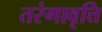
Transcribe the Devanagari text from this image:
तरंगावृत्ति